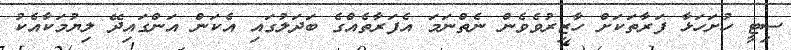
ސިޓީ ހުށަހަޅާ ފަރާތަކަށް ހާޒިރުވެވެން ނެތްނަމަ އެފަރާތެއްގެ ބަދަލުގައި އެކަން އަންގައިދޭ ލިޔުމަކާއެކު